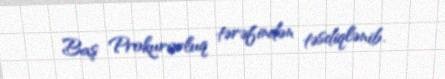
Baş Prokurorluq tərəfindən təsdiqlənib.